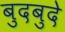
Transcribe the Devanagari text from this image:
बुदबुदे